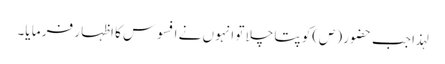
لہذا جب حضو ر (ص)کو پتا چلا تو انہو ں نے افسوس کا اظہا ر فر ما یا۔